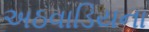
અઠવાડિયના